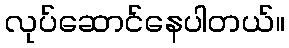
လုပ်ဆောင်နေပါတယ်။